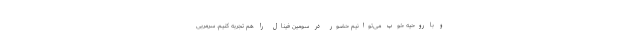
و با روحیه خوب می‌توانیم حضور در سومین فینال را هم تجربه کنیم. سرمربی